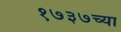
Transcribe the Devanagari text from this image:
१७३७च्या